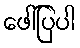
ဖေါ်ပြပါ